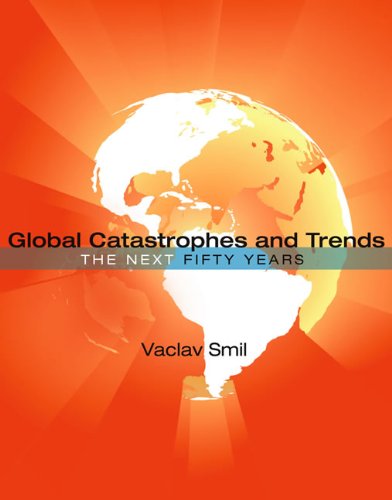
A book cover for Global Catastrophes and Trends: The Next Fifty Years; Vaclav Smil; Politics & Social Sciences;